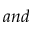
a n d